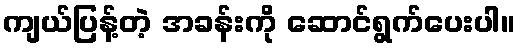
ကျယ်ပြန့်တဲ့ အခန်းကို ဆောင်ရွက်ပေးပါ။